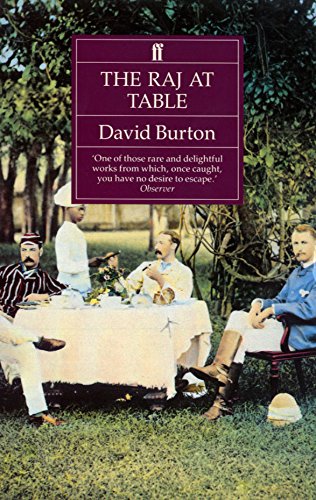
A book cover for The Raj at Table; David Burton; Cookbooks, Food & Wine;